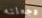
وجعلته